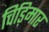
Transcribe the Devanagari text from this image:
चिड़िमार